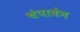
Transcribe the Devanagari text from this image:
चंपाबेन